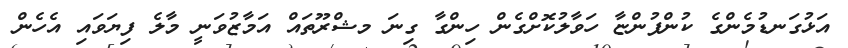
އަޅުގަނޑުމެންގެ ކުންފުންޏާ ހަވާލުކޮށްގެން ހިންގާ ގިނަ މޝްރޫތައް އަމާޒުވަނީ މާލެ ފިޔަވައި އެހެން